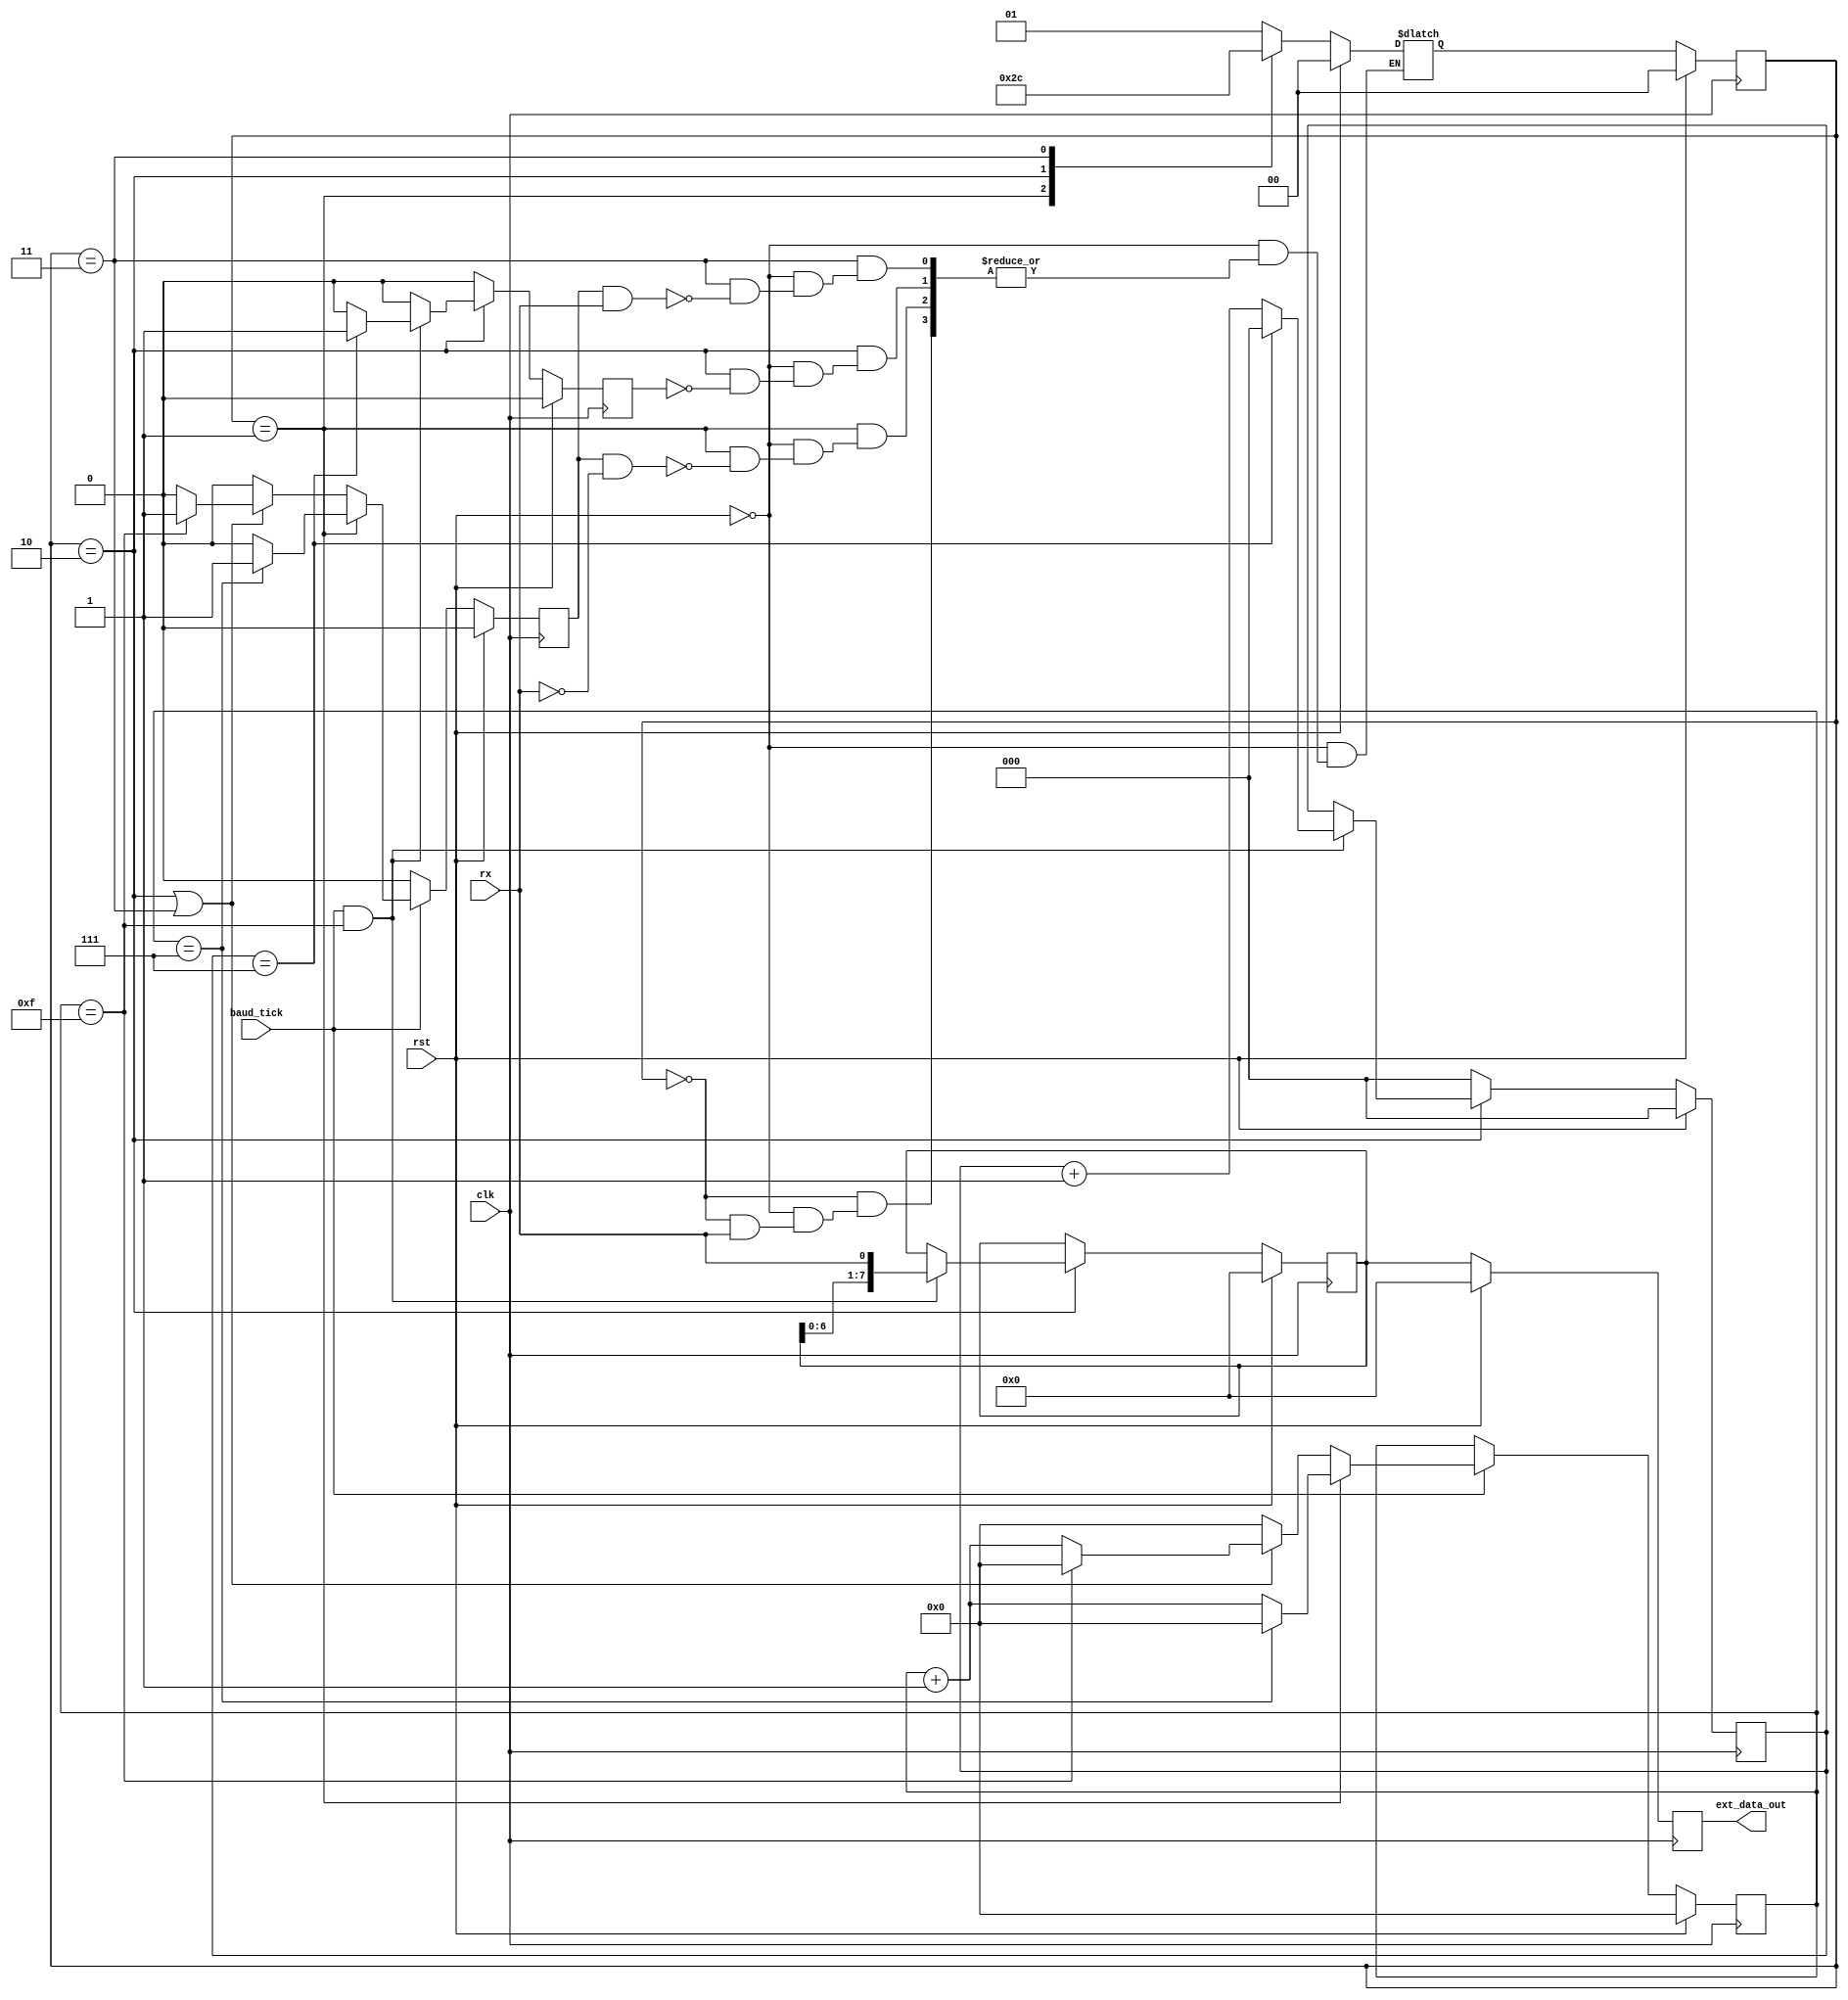
// uart reciever 
module uart_rx(
    input clk, 
    input rst,
    input baud_tick, // baudclk
    input rx,  // Rx line
    output reg [7:0] ext_data_out); // 8 bit data thrown out parallaly after recieving it serially
// internal signal decalaration
    reg [3:0] count_16; // OS counter  tracker
    reg count_16_indication; // OS indication
    reg [2:0] count_8; // counter to count data bits
    reg count_8_indication;  // data bits counted
    reg [7:0] data_save; // temporary register to store the parallel data
    reg [1:0] current_state, next_state; // state registers
// FSM Parameters
    localparam IDLE  = 0;
    localparam START = 1;
    localparam DATA  = 2;
    localparam STOP  = 3;
//body
// oversampling tracker of states
    always @(posedge clk) begin
        if (rst) begin
            count_16 <= 0;
            count_16_indication <= 0;
        end
        else begin
            if (baud_tick == 1) begin  // at baud  clk
                if (current_state == START) begin // at start state 
                    if (count_16 == 7) begin // pick data at the middle of the OS
                        count_16 <= 0;
                        count_16_indication <= 1; // high signal 
                    end
                    else begin 
                        count_16 <= count_16 + 1;
                        count_16_indication <= 0;
                    end
                end
                else if ((current_state == DATA) || (current_state == STOP)) begin // data orn stop state
                    if (count_16 == 15) begin // OS 
                        count_16 <= 0;
                        count_16_indication <= 1;
                    end
                    else begin
                        count_16 <= count_16 + 1;
                        count_16_indication <= 0;
                    end
                end
                else begin // initilization
                    count_16 <= 0;
                    count_16_indication <= 0;
                end
            end
            else begin // previousn value retention
                count_16 <= count_16;
                count_16_indication <= 0;
            end
        end
    end // end oversampling tracker of states
// count tracker of data
    always @(posedge clk) begin
        if (rst) begin
            count_8 <= 0;
            count_8_indication <= 0;
            data_save <= 0;
        end
        else begin
            if (current_state == DATA) begin // in data state only 
                if ((baud_tick == 1) && (count_16 == 15)) begin  // OS and clk both high
                    if (count_8 == 7) begin // count data bits
                        count_8 <= 0;
                        count_8_indication <= 1;
                        data_save <= {data_save[6:0],rx}; // deserialization of data
                    end
                    else begin
                        count_8 <= count_8 + 1;
                        count_8_indication <= 0;
                        data_save <= {data_save[6:0],rx}; // deserialization of data
                    end
                end
                else begin // value retention
                    count_8 <= count_8;
                    count_8_indication <= 0;
                    data_save <= data_save; 
                end
            end
            else begin // initialization
                count_8 <= 0;
                count_8_indication <= 0;
                data_save <= data_save;
            end
        end
    end // end count tracker data
//temp reg value to original reg
    always @(posedge clk) begin
        if (rst) begin
            ext_data_out <= 0;
        end
        else begin
            ext_data_out <= data_save;
        end
    end // end temp value reg assignment
// state changing
    always @(posedge clk) begin
        if (rst) begin
            current_state <= 0;
        end
        else begin
            current_state <= next_state;
        end
    end // end state changing
// MAIN FSM OF RECIEVER
    always @(*) begin
        if (rst) begin
            next_state = 0;
        end
        else begin
            case (current_state)
                IDLE: begin
                    if (rx == 0) begin // detect start state at RX line low
                        next_state = START;
                    end
                end
                START: begin  // at RX low & OS_tick high 
                    if ((count_16_indication == 1) && (rx == 0)) begin
                        next_state = DATA; // move to data state
                    end
                end
                DATA: begin // at data counter tracker indication
                    if (count_8_indication == 1) begin
                        next_state = STOP;
                    end
                end
                STOP: begin
                    if ((count_16_indication == 1) && (rx == 1)) begin
                        next_state = IDLE;
                    end
                end
                default: next_state = IDLE;
            endcase
        end
    end // end main fsm rcvr
endmodule